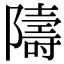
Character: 隯